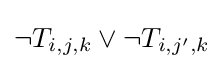
\neg T_{i,j,k}\lor \neg T_{i,j',k}